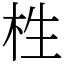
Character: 栍